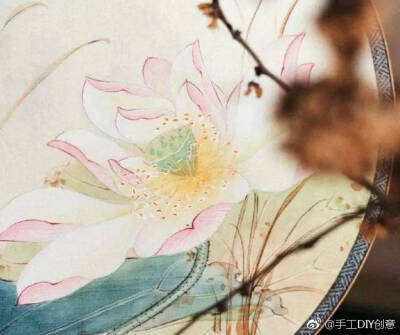
银烛秋光冷画屏，轻罗小扇扑流萤。